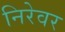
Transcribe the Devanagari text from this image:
निरेवर